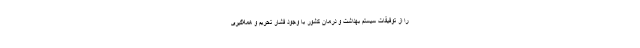
را از توفیقات سیستم بهداشت و درمان کشور با وجود فشار تحریم و همه‌گیری